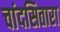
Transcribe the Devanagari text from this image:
चांदसितारा